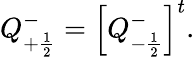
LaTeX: Q_{+\frac{1}{2}}^{-}=\left[Q_{-\frac{1}{2}}^{-}\right]^{t}.